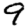
Digit: 9